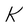
Character: K